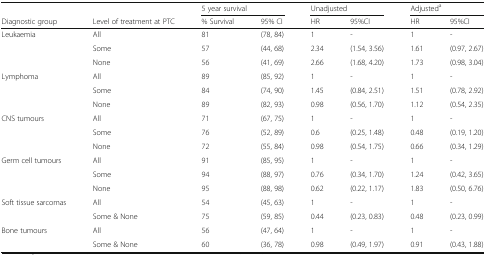
<table><thead><tr><td></td><td></td><td colspan="2"><b>5 year survival</b></td><td colspan="2"><b>Unadjusted</b></td><td colspan="2"><b>Adjusted<sup>a</sup></b></td></tr><tr><td><b>Diagnostic group</b></td><td><b>Level of treatment at PTC</b></td><td><b>% Survival</b></td><td><b>95% CI</b></td><td><b>HR</b></td><td><b>95%CI</b></td><td><b>HR</b></td><td><b>95%CI</b></td></tr></thead><tbody><tr><td>Leukaemia</td><td>All</td><td>81</td><td>(78, 84)</td><td>1</td><td>-</td><td>1</td><td>-</td></tr><tr><td></td><td>Some</td><td>57</td><td>(44, 68)</td><td>2.34</td><td>(1.54, 3.56)</td><td>1.61</td><td>(0.97, 2.67)</td></tr><tr><td></td><td>None</td><td>56</td><td>(41, 69)</td><td>2.66</td><td>(1.68, 4.20)</td><td>1.73</td><td>(0.98, 3.04)</td></tr><tr><td>Lymphoma</td><td>All</td><td>89</td><td>(85, 92)</td><td>1</td><td>-</td><td>1</td><td>-</td></tr><tr><td></td><td>Some</td><td>84</td><td>(74, 90)</td><td>1.45</td><td>(0.84, 2.51)</td><td>1.51</td><td>(0.78, 2.92)</td></tr><tr><td></td><td>None</td><td>89</td><td>(82, 93)</td><td>0.98</td><td>(0.56, 1.70)</td><td>1.12</td><td>(0.54, 2.35)</td></tr><tr><td>CNS tumours</td><td>All</td><td>71</td><td>(67, 75)</td><td>1</td><td>-</td><td>1</td><td>-</td></tr><tr><td></td><td>Some</td><td>76</td><td>(52, 89)</td><td>0.6</td><td>(0.25, 1.48)</td><td>0.48</td><td>(0.19, 1.20)</td></tr><tr><td></td><td>None</td><td>72</td><td>(55, 84)</td><td>0.98</td><td>(0.54, 1.75)</td><td>0.66</td><td>(0.34, 1.29)</td></tr><tr><td>Germ cell tumours</td><td>All</td><td>91</td><td>(85, 95)</td><td>1</td><td>-</td><td>1</td><td>-</td></tr><tr><td></td><td>Some</td><td>94</td><td>(88, 97)</td><td>0.76</td><td>(0.34, 1.70)</td><td>1.24</td><td>(0.42, 3.65)</td></tr><tr><td></td><td>None</td><td>95</td><td>(88, 98)</td><td>0.62</td><td>(0.22, 1.17)</td><td>1.83</td><td>(0.50, 6.76)</td></tr><tr><td>Soft tissue sarcomas</td><td>All</td><td>54</td><td>(45, 63)</td><td>1</td><td>-</td><td>1</td><td>-</td></tr><tr><td></td><td>Some &amp; None</td><td>75</td><td>(59, 85)</td><td>0.44</td><td>(0.23, 0.83)</td><td>0.48</td><td>(0.23, 0.99)</td></tr><tr><td>Bone tumours</td><td>All</td><td>56</td><td>(47, 64)</td><td>1</td><td>-</td><td>1</td><td>-</td></tr><tr><td></td><td>Some &amp; None</td><td>60</td><td>(36, 78)</td><td>0.98</td><td>(0.49, 1.97)</td><td>0.91</td><td>(0.43, 1.88)</td></tr></tbody></table>